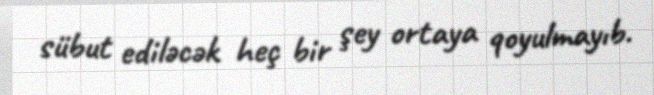
sübut ediləcək heç bir şey ortaya qoyulmayıb.